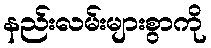
နည်းလမ်းများစွာကို